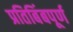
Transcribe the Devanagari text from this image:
प्रतिबिंबपूर्ण